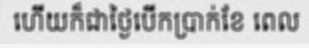
ហើយក៏ជាថ្ងៃបើកប្រាក់ខែ ពេល